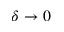
\delta \to 0